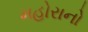
મહોરાનો